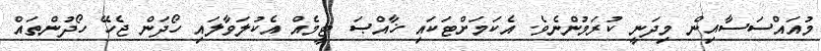
މުއައްސަސާއިން މިދަނީ ކުރަމުންނެވެ. އެކަމަށްޓަކައި ޚާއްޞަ ޓީމެއް އެކުލަވާލައި ހޯދަން ޖެހޭ ހޯދުންތައް